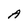
Character: A